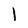
Character: l